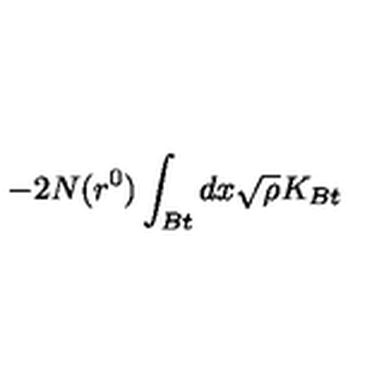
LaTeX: - 2 N ( r ^ { 0 } ) \int _ { B t } d x \sqrt { \rho } K _ { B t }